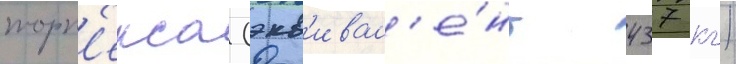
торп'екса (экв'ивал'е́нт 437 кг)